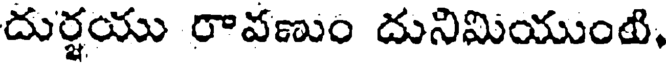
దుర్జయు రావణుం దునిమియుంటి,